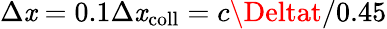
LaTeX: \Delta\mathit{x}=0.1\Delta\mathit{x}_{\mathrm{{coll}}}=c\Deltat/0.45